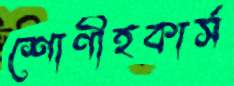
শোণীহকার্স